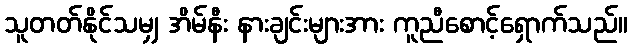
သူတတ်နိုင်သမျှ အိမ်နီး နားချင်းများအား ကူညီစောင့်ရှောက်သည်။